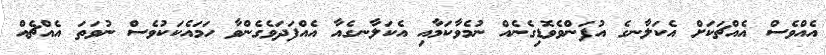
އެއްވެސް އެއްޗަކަށް އެކަލާނގެ އުފަންވެވޮޑިގެނެއް ނުމެވާކަމާއި އެކަލާނގެއާ އެއްފަދަވެގެންވާ ހަމައެކަކުވެސް ނުވަތަ އެއްޗެއް